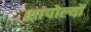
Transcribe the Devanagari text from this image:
शांपोल्यों